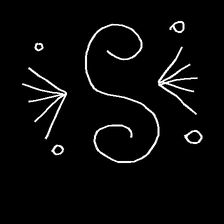
Glyph: aeroform